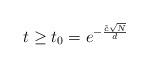
LaTeX: \begin{align*}t\ge t_{0}=e^{-\frac{\tilde{c}\sqrt{N}}{d}}\end{align*}